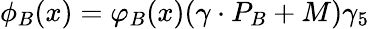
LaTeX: \phi_{B}(x)=\varphi_{B}(x)(\gamma\cdot P_{B}+M)\gamma_{5}